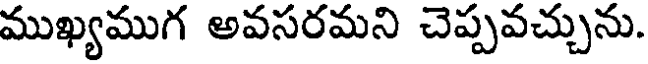
ముఖ్యముగ అవసరమని చెప్పవచ్చును.